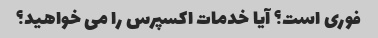
فوری است؟ آیا خدمات اکسپرس را می خواهید؟